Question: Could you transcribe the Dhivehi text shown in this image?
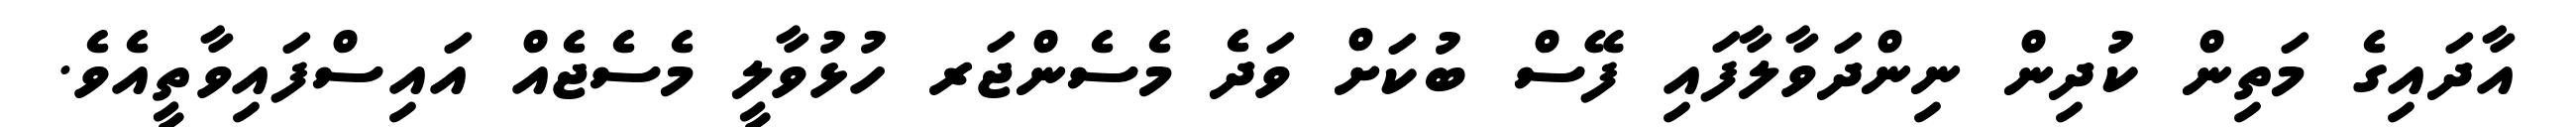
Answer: އާދައިގެ މަތިން ކުދިން ނިންދަވާލާފައި ފޭސް ބުކަށް ވަދެ މެސެންޖަރ ހުޅުވާލީ މެސެޖެއް އައިސްފައިވާތީއެވެ.